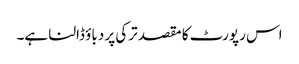
اس رپورٹ کا مقصد ترکی پر دباؤ ڈالنا ہے۔